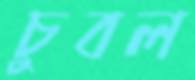
চুবল